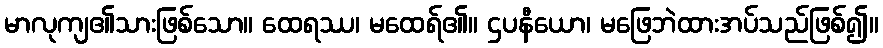
မာလုကျ၏သားဖြစ်သော။ ထေရဿ၊ မထေရ်၏။ ဌပနီယော၊ မဖြေဘဲထားအပ်သည်ဖြစ်၍။